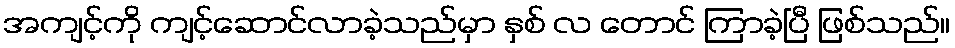
အကျင့်ကို ကျင့်ဆောင်လာခဲ့သည်မှာ နှစ် လ တောင် ကြာခဲ့ပြီ ဖြစ်သည်။